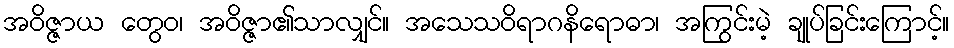
အဝိဇ္ဇာယ တွေဝ၊ အဝိဇ္ဇာ၏သာလျှင်။ အသေသဝိရာဂနိရောဓာ၊ အကြွင်းမဲ့ ချုပ်ခြင်းကြောင့်။